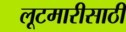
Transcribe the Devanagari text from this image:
लूटमारीसाठी